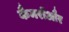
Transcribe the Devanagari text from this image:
कैमरोंऔर